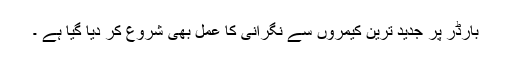
بارڈر پر جدید ترین کیمروں سے نگرانی کا عمل بھی شروع کر دیا گیا ہے ۔